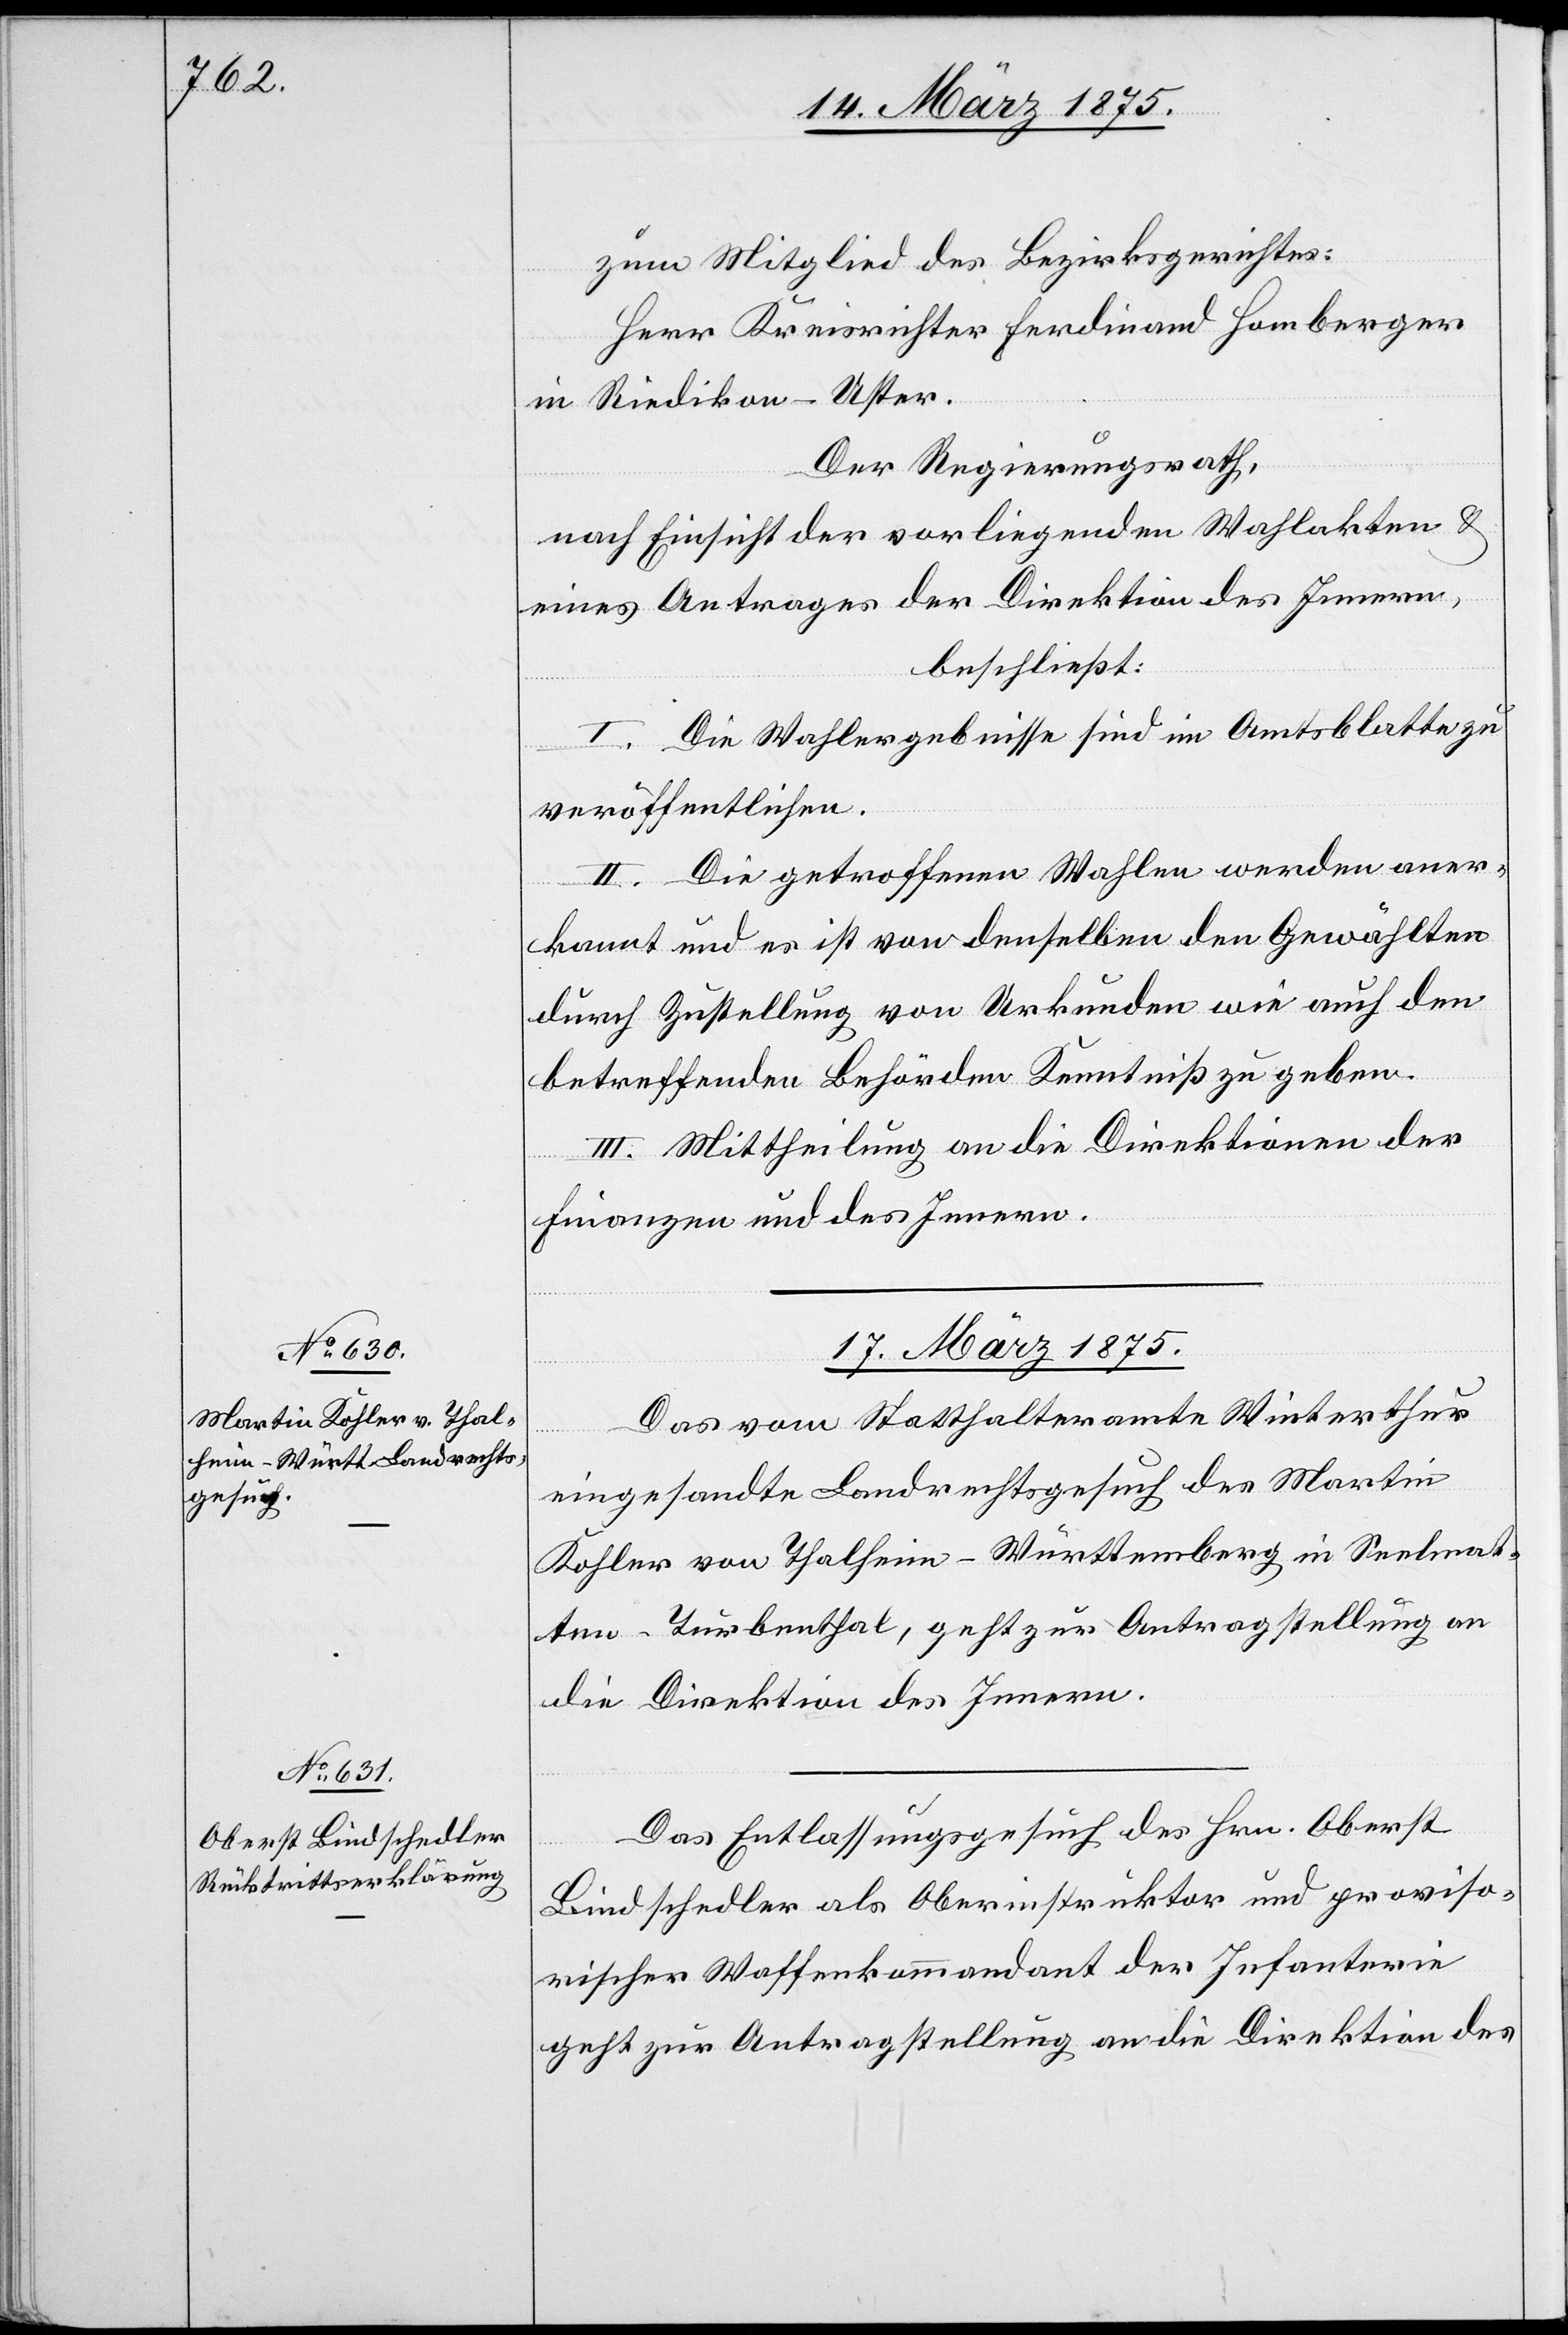
zum Mitglied des Bezirksrathes:
Herr Kreisrichter Ferdinand Homberger
in Riedikon - Uster.
Der Regierungsrath,
nach Einsicht der vorliegenden Wahlakten &
eines Antrages der Direktion des Innern,
beschließt:
I. Die Wahlergebnisse sind im Amtsblatt zu
veröffentlichen.
II. Die getroffenen Wahlen werden aner¬
kannt und es ist von denselben den Gewählten
durch Zustellung von Urkunden wie auch den
betreffenden Behörden Kenntniß zu geben.
III. Mittheilung an die Direktionen der
Finanzen und des Innern.
17. März 1875.]
Das vom Statthalteramt Winterthur
eingesandte Landrechtsgesuch des Martin
Kohler von Thalheim-Württemberg in Seelmat¬
ten-Turbenthal, geht zur Antragstellung an
die Direktion des Innern.
Das Entlassungsgesuch des Hrn. Oberst
Bindschedler als Oberinstruktor und proviso¬
rischer Waffenkommandant der Infanterie
geht zur Antragstellung an die Direktion des